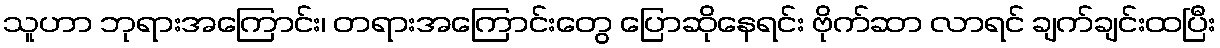
သူဟာ ဘုရားအကြောင်း၊ တရားအကြောင်းတွေ ပြောဆိုနေရင်း ဗိုက်ဆာ လာရင် ချက်ချင်းထပြီး